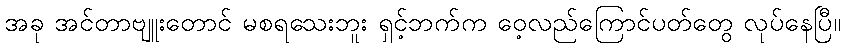
အခု အင်တာဗျူးတောင် မစရသေးဘူး ရှင့်ဘက်က ဝေ့လည်ကြောင်ပတ်တွေ လုပ်နေပြီ။